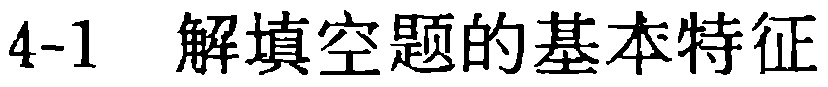
4-1 解填空题的基本特征